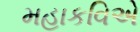
મહાકવિએ